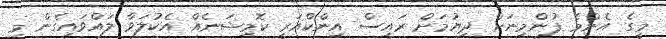
މީގެ އެންމެ ފުންމިނަށް ދިޔުމަށް ރައީސް އިންކްއަރީ ކޮމިޝަނެއް އެކުލަވާ ލައްވައިގެން މި